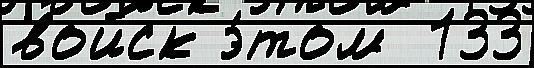
войск э́том  133